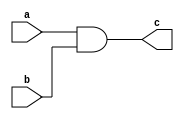


module and_gate(c,a,b);
output c;
input a,b;
wire x;
nand(x,a,b);
nand(c,x,x);
endmodule
module xor_gate(c,a,b);
output c;
input a,b;
wire x,y,l,m;
nand(x,a,a);
nand(y,b,b);
nand(l,x,b);
nand(m,y,a);
nand(c,l,m);
endmodule
module or_gate(c,a,b);
output c;
input a,b;
wire x,y;
nand(x,a,a);
nand(y,b,b);
nand(c,x,y);
endmodule
module halfadder(s,c,a,b);
output s,c;
input a,b;
and_gate and_gate1(c,a,b);
xor_gate xor_gate1(s,a,b);
endmodule

module fulladder(s,c,a,b,p);
input a,b,p;
output s,c;
halfadder halfadder_gate1(x,y,a,b);
halfadder halfadder_gate2(s,z,x,p);
or_gate or_gate1(c,z,y);
endmodule




module four_bit_adder(s,c,a,b,p);
input [3:0]a,b,p;
output [3:0]s;
output c;
wire [2:0]x;
fulladder fulladder_1(s[0],x[0],a[0],b[0],1'b0);
fulladder fulladder_2(s[1],x[1],a[1],b[1],x[0]);
fulladder fulladder_3(s[2],x[2],a[2],b[2],x[1]);
fulladder fulladder_4(s[3],c,a[3],b[3],x[2]);
endmodule